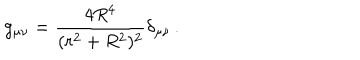
g _ { \mu \nu } = \frac { 4 R ^ { 4 } } { ( r ^ { 2 } + R ^ { 2 } ) ^ { 2 } } \delta _ { \mu \nu } \, .